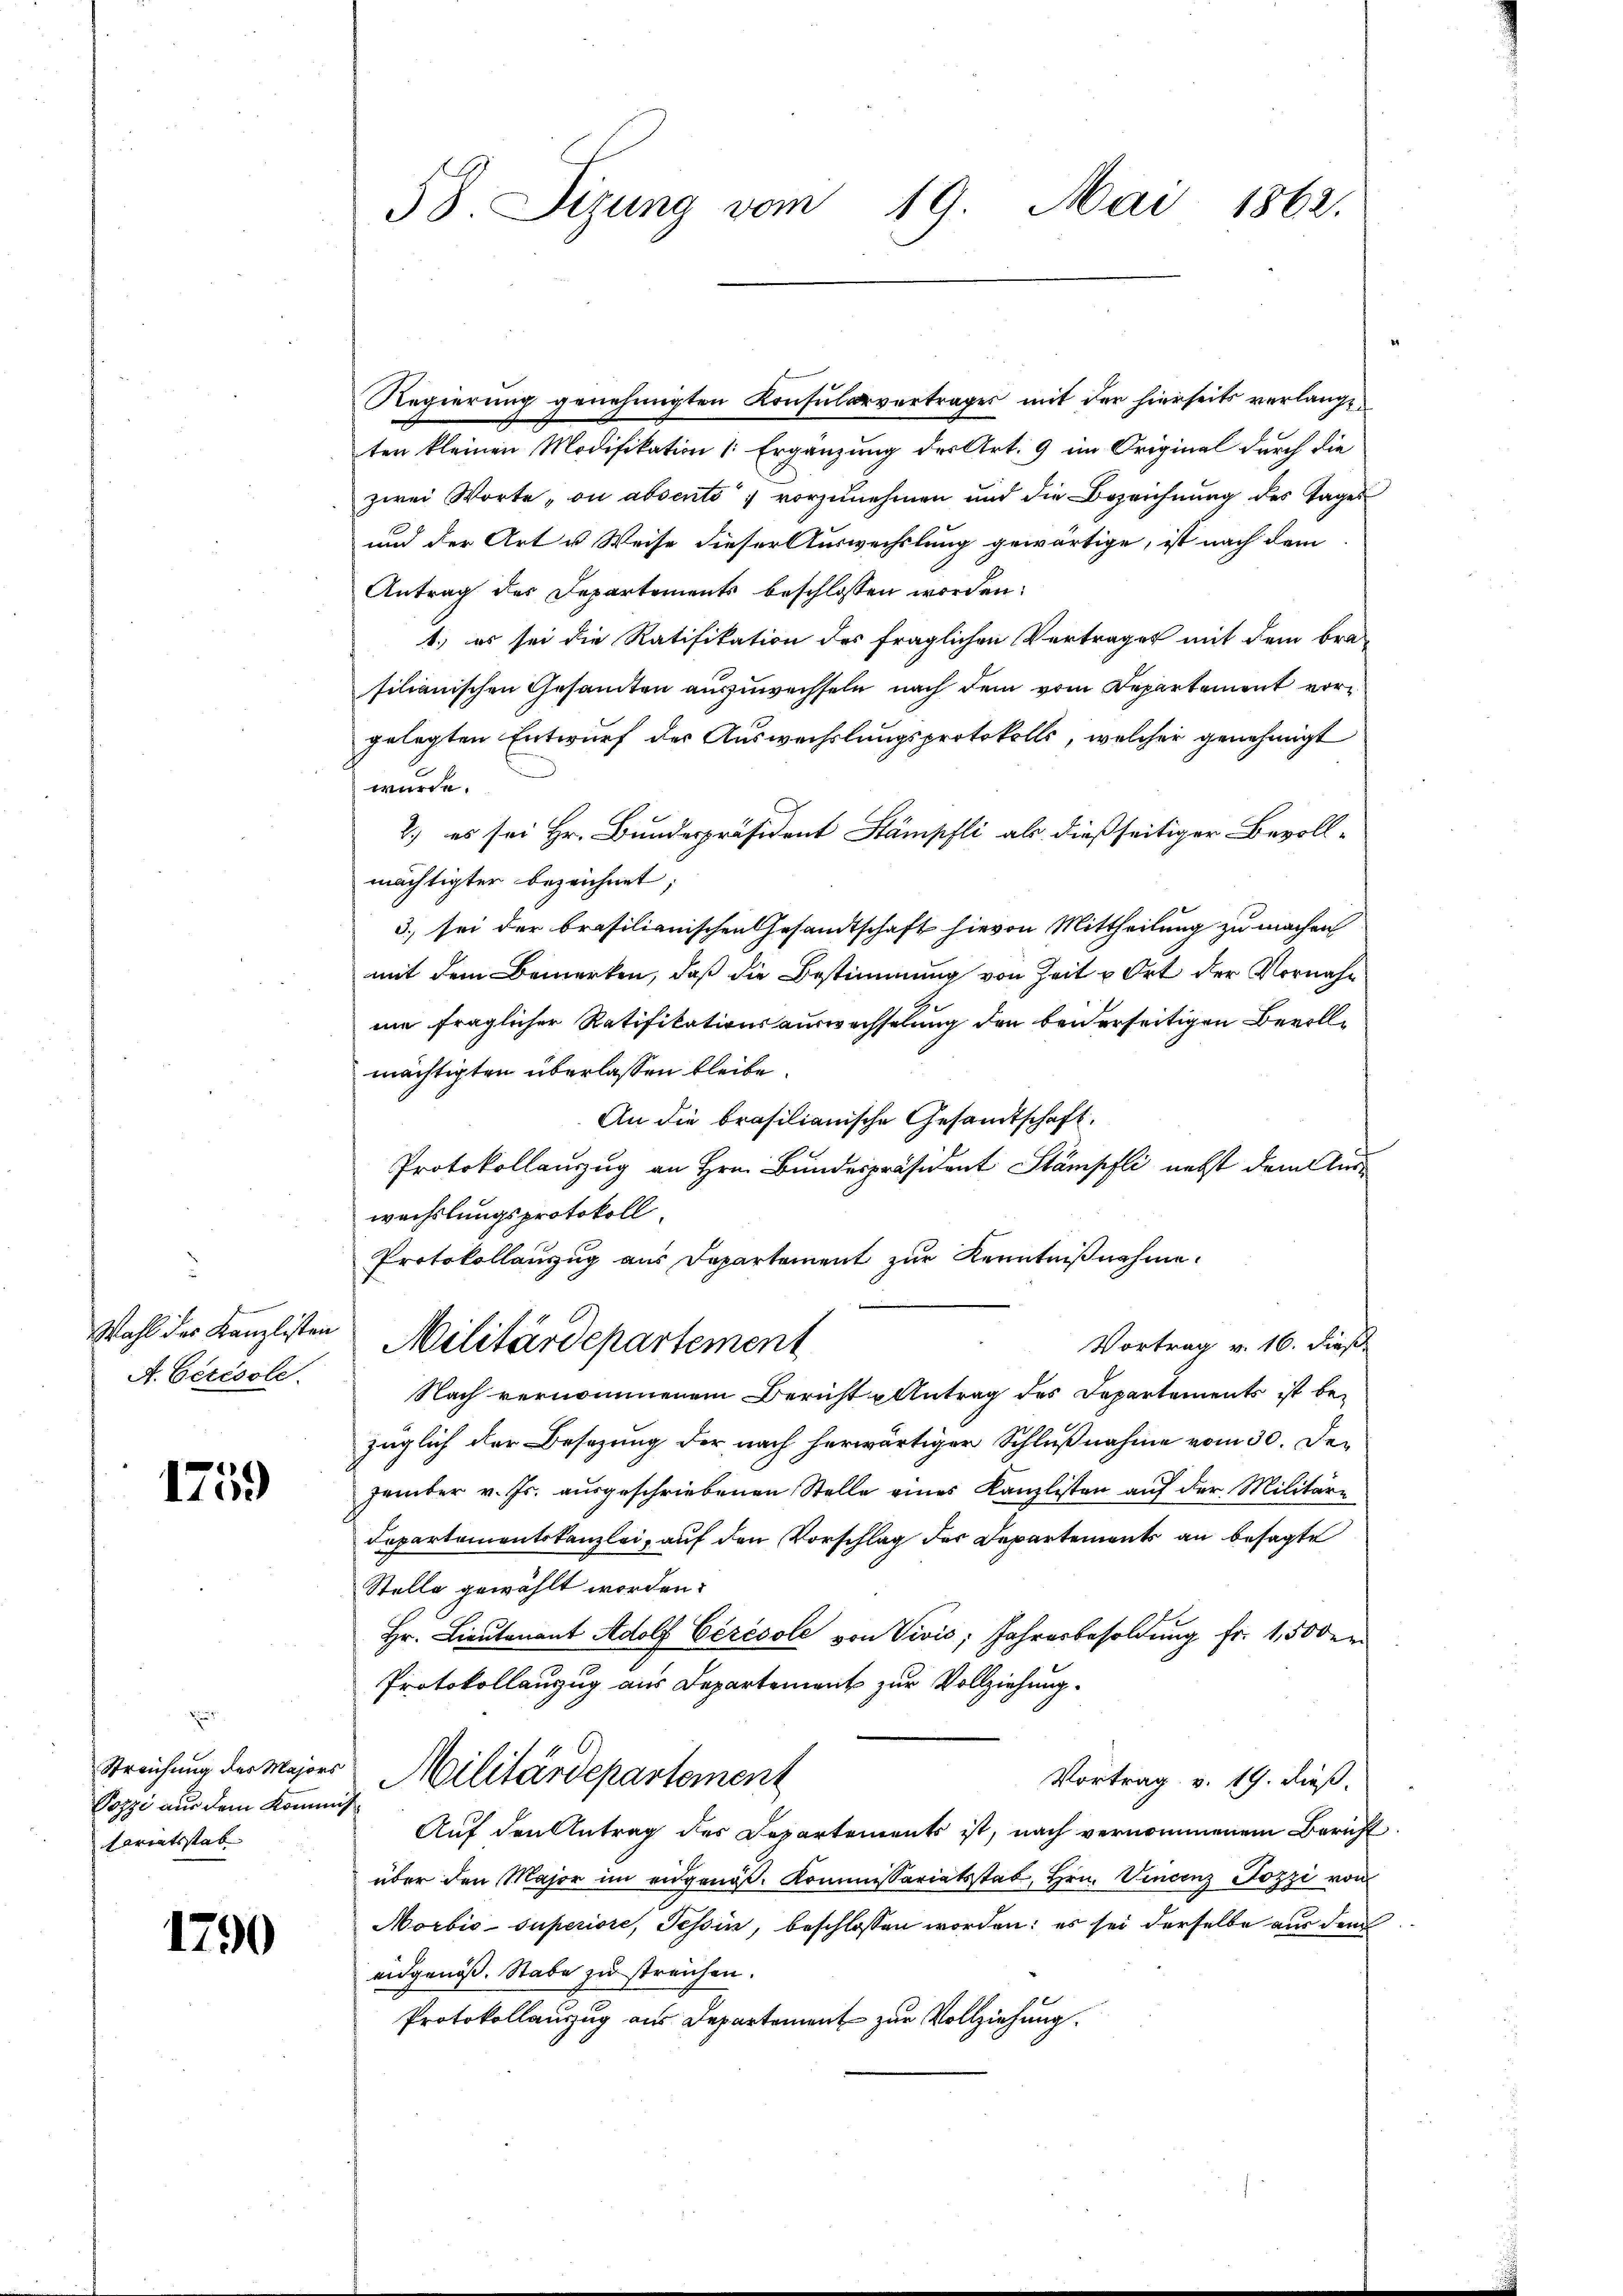
b
Wahl des Kanzlisten
A. Cérésole.

1759

zu
Streichung der Majors
Pozzi aus dem Komm
tariatsstab

1790

58. Sizung vom 19. Mai 1862.

Regierung genehmigten Konsularvertrages mit der hierseits verlangt
ten kleinen Modifikation |: Ergänzung des Art. 9 im Original durch die
zwei Worte „on absento vorzunehmen und die Bezeichnung des Tages
und der Art u. Weise dieser Auswechslung gewärtige, ist nach dem
Antrag des Departements beschlossen worden:
1.) es sei die Ratifikation des fraglichen Vertrages mit dem bra
silianischen Gesamten auszuwechseln, nach dem vom Departement vorgelegten Entwurf der Auswechslungsprotokolls, welcher genehmigt
würde.
2.) es sei Hr. Bundespräsident Stämpfli als dießseitiger Bevoll-
mächtigter bezeichnet;
3. sei der brasilianischen Gesandtschaft hievon Mittheilung zu machen
mit dem Bemerken, daß die Bestimmung von Zeit u Ort der Vornahne fraglicher Ratifikationsauswachselung den beiderseitigen Bevollmächtigten überlassen bleibe
An die brasilianische Gesandtschaft.
Protokollanzug an Hrn. Bundespräsident Stämpfli nett dem Auswechslungsprotokoll.
Protokollauszug aus Departement zur Kenntnißnahme.
Vortrag v. 16. dieß
Militärdepartement
Nach vernommenem Bericht u Antrag des Departements ist be-
züglich der Besezung der nach herwärtiger Schlußnahme vom 30. Dezember v. Js. ausgeschriebenen Stelle eines Kanzlisten auf der Militäre
Departementskanzlei, auf den Vorschlag der Departements an besagte
Stelle gewählt worden.
Hr. Lieutenant Adolf Cérésole von Vivić, Jahresbesoldung fr. 1,50 dem
Protokollanzug aus Departement zur Vollziehung.
Militärdepartement
Vortrag v. 19. dieß.
 Auf den Antrag des Departements ist, nach vernommenen Bericht
über den Major im eidgenö. Kommissariatsstat, Hrn. Vincenz Jozzi von
Morbio-Superiore, Tessin, beschlossen worden: es sei derselbe aus dem
eidgenöss. Stabe zu streichen.
Protokollauszug aus Departement zur Vollziehung.